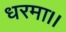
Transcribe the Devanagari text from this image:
धरमा।।